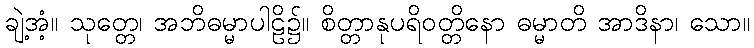
ချဲ့အံ့။ သုတ္တေ၊ အဘိဓမ္မာပါဠိ၌။ စိတ္တာနုပရိဝတ္တိနော ဓမ္မာတိ အာဒိနာ၊ သော။